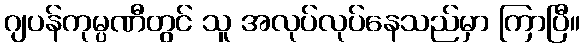
ဂျပန်ကုမ္ပဏီတွင် သူ အလုပ်လုပ်နေသည်မှာ ကြာပြီ။